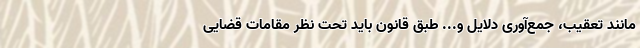
مانند تعقیب، جمع‌آوری دلایل و... طبق قانون باید تحت نظر مقامات قضایی